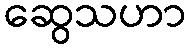
ဆွေသဟာ